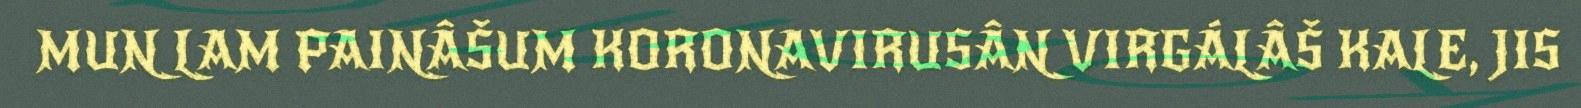
MUN LAM PAINÂŠUM KORONAVIRUSÂN VIRGÁLÂŠ KALE, JIS